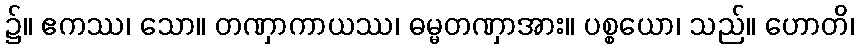
၌။ ဧကဿ၊ သော။ တဏှာကာယဿ၊ ဓမ္မတဏှာအား။ ပစ္စယော၊ သည်။ ဟောတိ၊